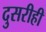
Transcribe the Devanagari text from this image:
दुसरीही